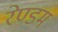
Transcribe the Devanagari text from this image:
रेण्डम